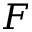
F